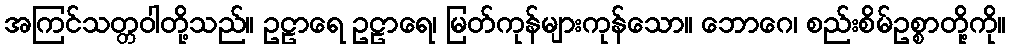
အကြင်သတ္တဝါတို့သည်။ ဥဠာရေ ဥဠာရေ၊ မြတ်ကုန်များကုန်သော။ ဘောဂေ၊ စည်းစိမ်ဥစ္စာတို့ကို။